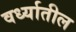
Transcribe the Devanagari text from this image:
वर्ध्यातील